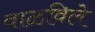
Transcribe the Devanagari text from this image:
वाळविले